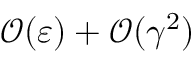
\mathcal { O } ( \varepsilon ) + \mathcal { O } ( \gamma ^ { 2 } )